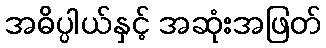
အဓိပ္ပါယ်နှင့် အဆုံးအဖြတ်